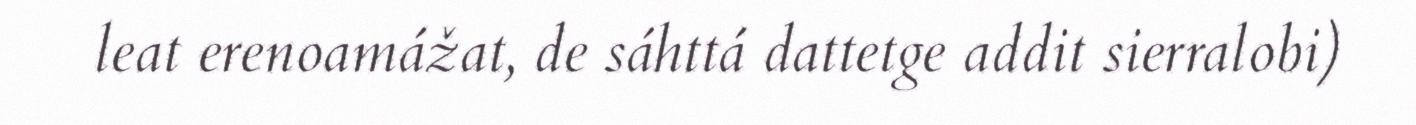
leat erenoamážat, de sáhttá dattetge addit sierralobi)